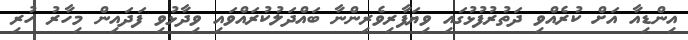
އިންޑިއާ އަށް ކުރެއްވި ދަތުރުފުޅުގައި ވިޔަފާރިވެރިންނާ ބައްދަލުކުރައްވައި ވިދާޅުވި ފަދައިން މިހާރު ހުރި